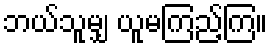
ဘယ်သူမျှ ယူမကြည့်ကြ။